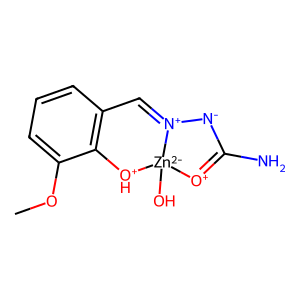
SMILES: COc1cccc2c1[OH+][Zn-2]1(O)[O+]=C(N)[N-][N+]1=C2
Inhibits HIV replication: No